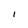
Character: I